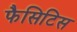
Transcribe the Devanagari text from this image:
फैसिटिस